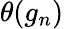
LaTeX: \theta(g_{n})